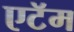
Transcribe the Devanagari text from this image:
एटॅम